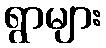
ရွာများ